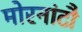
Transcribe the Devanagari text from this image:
मोरनांटौ